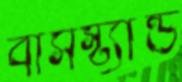
বাসস্ট্যান্ড